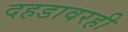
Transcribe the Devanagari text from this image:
दहडावरही